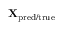
{ \mathbf { X } } _ { \mathrm { p r e d / t r u e } }